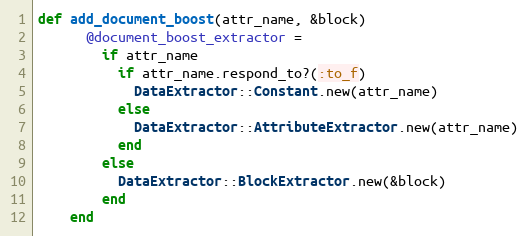
Language: Ruby
def add_document_boost(attr_name, &block)
      @document_boost_extractor =
        if attr_name
          if attr_name.respond_to?(:to_f)
            DataExtractor::Constant.new(attr_name)
          else
            DataExtractor::AttributeExtractor.new(attr_name)
          end
        else
          DataExtractor::BlockExtractor.new(&block)
        end
    end